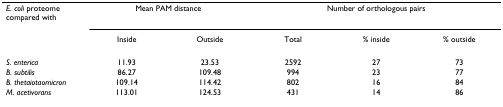
| E. coli proteome compared with | <COLSPAN=2> Mean PAM distance | <COLSPAN=3> Number of orthologous pairs |
 |  | Inside | Outside | Total | % inside | % outside |
 | --- | --- | --- | --- | --- | --- |
 | S. enterica | 11.93 | 23.53 | 2592 | 27 | 73 |
 | B. subtilis | 86.27 | 109.48 | 994 | 23 | 77 |
 | B. thetaiotaomicron | 109.14 | 114.42 | 802 | 16 | 84 |
 | M. acetivorans | 113.01 | 124.53 | 431 | 14 | 86 |